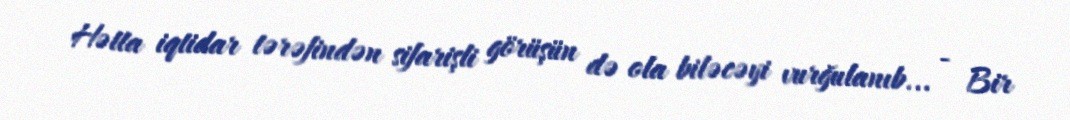
Hətta iqtidar tərəfindən sifarişli görüşün də ola biləcəyi vurğulanıb... - Bir